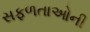
સફળતાઓની